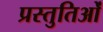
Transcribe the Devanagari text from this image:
प्रस्तुतिओं